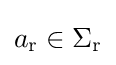
a_{\text{r}}\in \Sigma _{\text{r}}